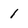
Character: 1